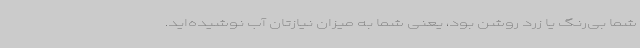
شما بی‌رنگ یا زرد روشن بود، یعنی شما به میزان نیازتان آب نوشیده‌اید.